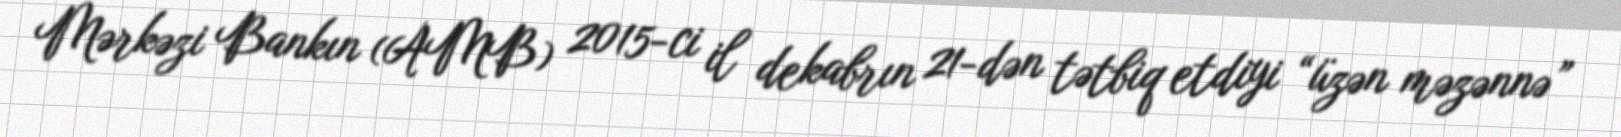
Mərkəzi Bankın (AMB) 2015-ci il dekabrın 21-dən tətbiq etdiyi “üzən məzənnə”